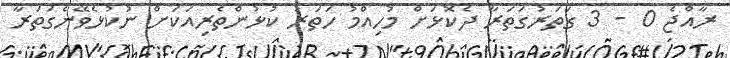
ރާއްޖެ 0 - 3 ގަތަރުގަތަރާ ދެކޮޅަށް މުހިއްމު ހަތަރު ކުޅުންތެރިއަކަށް ނުކުޅެވޭނެގަތަރާ